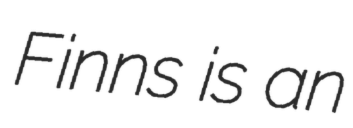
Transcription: Finns is an